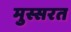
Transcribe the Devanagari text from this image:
मुस्सरत